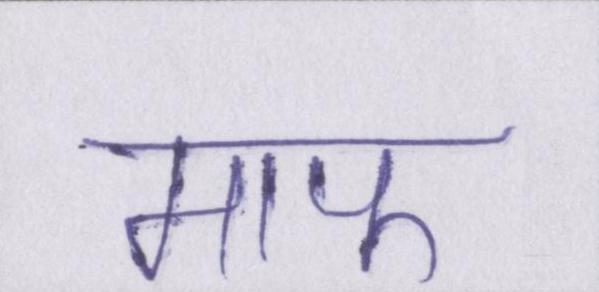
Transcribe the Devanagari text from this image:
माफ